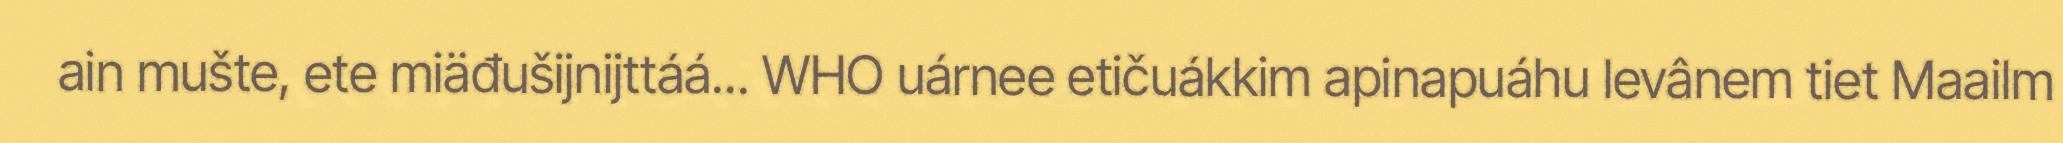
ain mušte, ete miäđušijnijttáá... WHO uárnee etičuákkim apinapuáhu levânem tiet Maailm